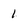
Character: 1